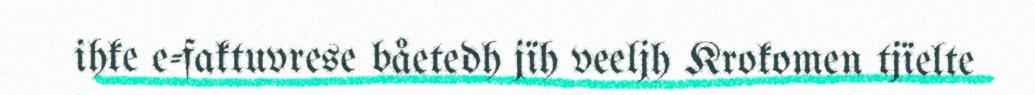
ihke e-faktuvrese båetedh jïh veeljh Krokomen tjïelte